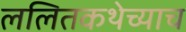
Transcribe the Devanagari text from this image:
ललितकथेच्याच